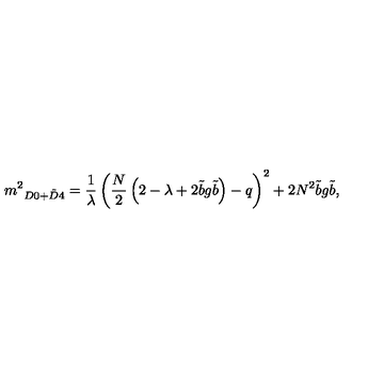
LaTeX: \displaystyle { m ^ { 2 } } _ { D 0 + \tilde { D } 4 } = \frac { 1 } { \lambda } \left( { \frac { N } { 2 } } \left( 2 - \lambda + 2 { \tilde { b } } g { \tilde { b } } \right) - q \right) ^ { 2 } + 2 N ^ { 2 } { \tilde { b } } g { \tilde { b } } ,